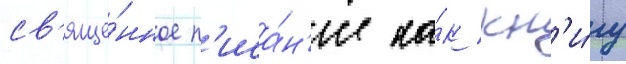
св'яще́нное п'иса́н'ие ка́к кн'и́гу